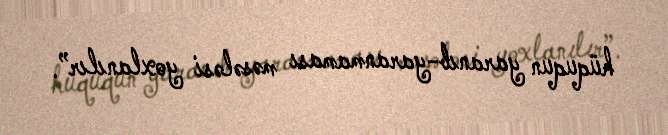
hüququn yaranıb-yaranmaması məsələsi yoxlanılır”.